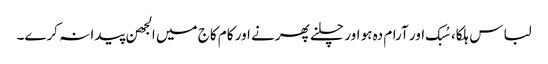
لباس ہلکا، سُبک اور آرام دہ ہو اور چلنے پھرنے اور کام کاج میں الجھن پیدا نہ کرے۔